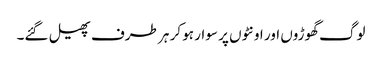
لوگ گھوڑوں اور اونٹوں پر سوار ہو کر ہر طرف پھیل گئے۔